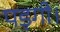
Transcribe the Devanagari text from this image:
पड़गी।